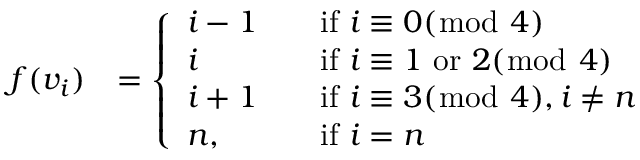
\begin{array} { r l } { f ( v _ { i } ) } & { = \left\{ \begin{array} { l l } { i - 1 \quad } & { \mathrm { i f ~ } i \equiv 0 ( \bmod ~ 4 ) } \\ { i \quad } & { \mathrm { i f ~ } i \equiv 1 \mathrm { ~ o r ~ } 2 ( \bmod ~ 4 ) } \\ { i + 1 \quad } & { \mathrm { i f ~ } i \equiv 3 ( \bmod ~ 4 ) , i \ne n } \\ { n , \quad } & { \mathrm { i f ~ } i = n } \end{array} \right. } \end{array}